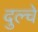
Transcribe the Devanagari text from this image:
दुल्चे